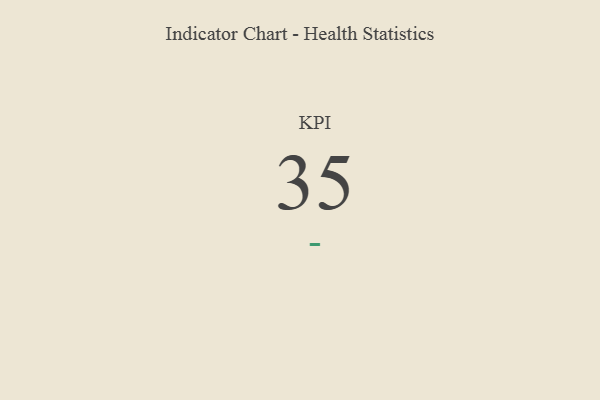
{"axis": {"x": "KPI", "y": "Value"}, "legend": [""], "data": [{"x": "KPI", "y": 35, "type": ""}]}